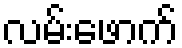
လမ်းဖောက်